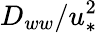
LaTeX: D_{ww}/u_{*}^{2}